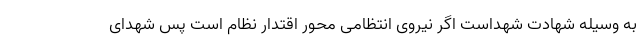
به وسیله شهادت شهداست اگر نیروی انتظامی محور اقتدار نظام است پس شهدای